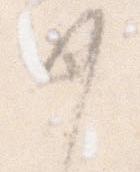
如